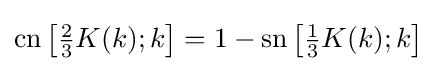
\operatorname {cn} \left[{\tfrac {2}{3}}K(k);k\right]=1-\operatorname {sn} \left[{\tfrac {1}{3}}K(k);k\right]